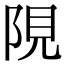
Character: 䧋